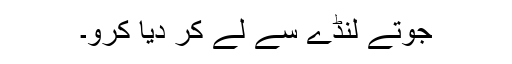
جوتے لنڈے سے لے کر دیا کرو۔